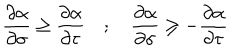
LaTeX: \frac { \partial \alpha } { \partial \sigma } \ge \frac { \partial \alpha } { \partial \tau } \quad ; \quad \frac { \partial \alpha } { \partial \sigma } \ge - \frac { \partial \alpha } { \partial \tau }